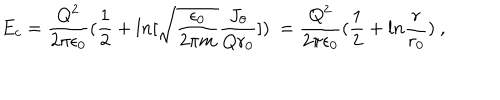
E _ { c } = { \frac { Q ^ { 2 } } { 2 \pi \epsilon _ { 0 } } } ( { \frac { 1 } { 2 } } + l n [ \sqrt { { \frac { \epsilon _ { 0 } } { 2 \pi m } } } { \frac { J _ { \theta } } { Q r _ { 0 } } } ] ) ~ = { \frac { Q ^ { 2 } } { 2 \pi \epsilon _ { 0 } } } ( { \frac { 1 } { 2 } } + l n { \frac { r } { r _ { 0 } } } ) ~ ,